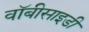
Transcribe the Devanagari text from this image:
वॉबीसाइडी